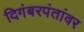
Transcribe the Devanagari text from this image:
दिगंबरपंतांवर